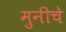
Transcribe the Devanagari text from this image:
मुनीचे